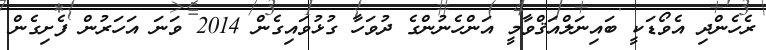
ރެހެންދި އެވޯޑަކީ ބައިނަލްއަޤްވާމީ އަންހެނުންގެ ދުވަހާ ގުޅުވައިގެން 2014 ވަނަ އަހަރުން ފެށިގެން